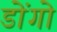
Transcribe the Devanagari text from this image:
डोंगो